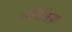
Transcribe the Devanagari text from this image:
समितिय़ा